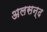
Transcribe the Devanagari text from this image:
अलसन्द